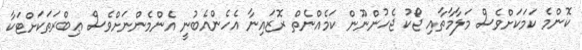
ކޮންމެ ކަމަކަށްވެސް މަލާމާތާއި ޖޯކު ޖެހުންނޫން ކަމެއްނެތް ރޮޒައިނާ އެހެންއެބުނީ އެންމެންނަށްވެސް ޢިބްރަތަކަށްޓަކާ